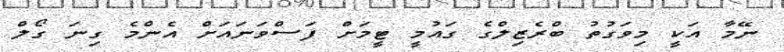
ނޭމާ އަކީ މިވަގުތު ބްރެޒިލްގެ ގައުމީ ޓީމަށް ފަސްވަނައަށް އެންމެ ގިނަ ގޯލް